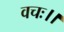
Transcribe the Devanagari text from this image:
वचः।।